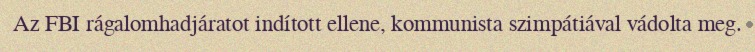
Az FBI rágalomhadjáratot indított ellene, kommunista szimpátiával vádolta meg.